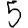
Digit: 5